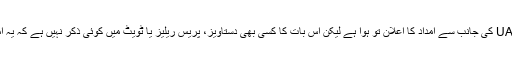
غور طلب بات یہ ہے کہ UAE کی جانب سے امداد کا اعلان تو ہوا ہے لیکن اس بات کا کسی بھی دستاویز، پریس ریلیز یا ٹویٹ میں کوئی ذکر نہیں ہے کہ یہ امداد 100 ملین ڈالر کی ہے!